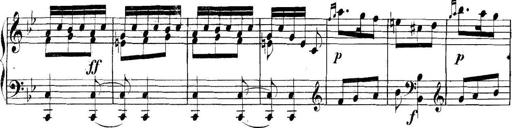
Title: Collected Piano Sonatas
Composer: Muzio Clementi